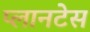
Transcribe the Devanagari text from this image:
प्लानटेस